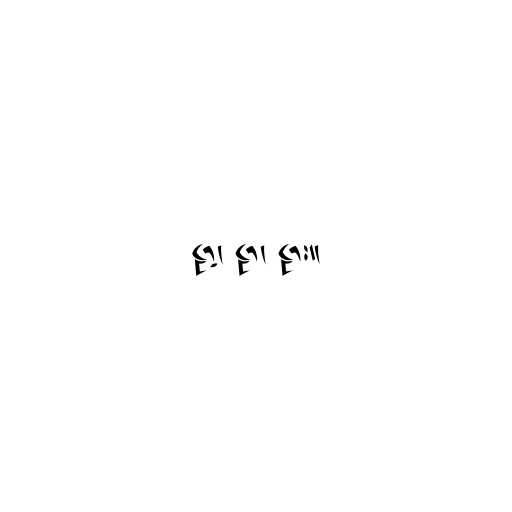
ဠာ့၊ ဠာ၊ ဠား။